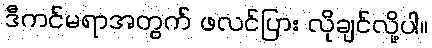
ဒီကင်မရာအတွက် ဖလင်ပြား လိုချင်လို့ပါ။